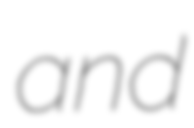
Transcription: and